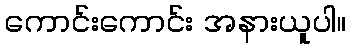
ကောင်းကောင်း အနားယူပါ။